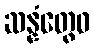
ဆန္နံတွေဝ